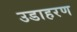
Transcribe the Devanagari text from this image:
उडाहरण